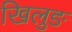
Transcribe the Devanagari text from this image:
खिलुङ